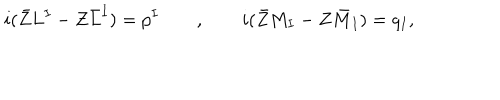
i ( \bar { Z } L ^ { I } - Z \bar { L } ^ { I } ) = p ^ { I } \qquad , \qquad i ( \bar { Z } M _ { I } - Z \bar { M } _ { I } ) = q _ { I } ,